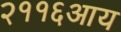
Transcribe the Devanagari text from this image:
२११६आय